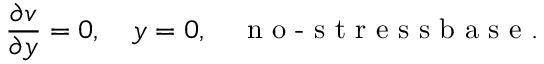
\frac { \partial v } { \partial y } = 0 , ~ ~ ~ y = 0 , ~ ~ ~ \textrm { n o - s t r e s s b a s e } .